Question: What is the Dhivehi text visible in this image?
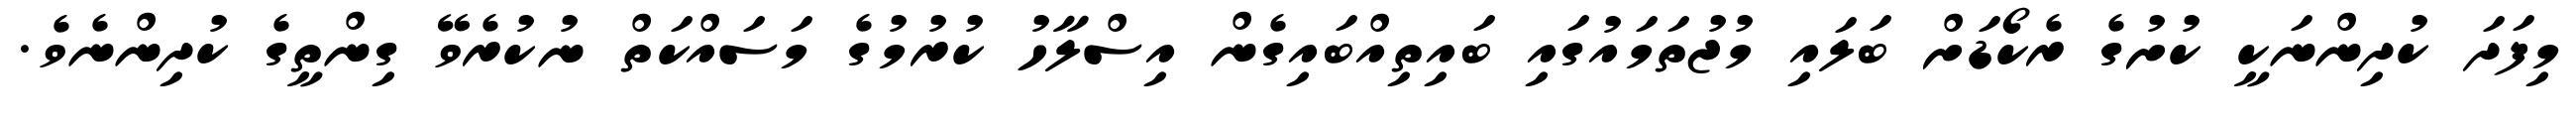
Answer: މިފަދަ ކުދިންނަކީ ކުށުގެ ރެކޯޑަށް ބަލައި މުޖުތަމައުގައި ބައިތިއްބައިގެން އިސްލާހު ކުރުމުގެ މަސައްކަތް ނުކުރެވޭ ގިންތީގެ ކުދިންނެވެ.